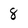
Character: 8